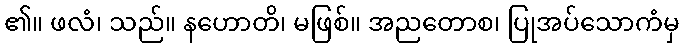
၏။ ဖလံ၊ သည်။ နဟောတိ၊ မဖြစ်။ အညတောစ၊ ပြုအပ်သောကံမှ